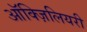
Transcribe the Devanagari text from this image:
ऑक्ज़िलियरी